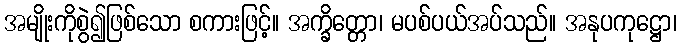
အမျိုးကိုစွဲ၍ဖြစ်သော စကားဖြင့်။ အက္ခိတ္တော၊ မပစ်ပယ်အပ်သည်။ အနုပကုဋ္ဌော၊